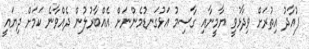
ފުއާދު އިތުރަށް ވިދާޅުވީ ޔާމީނާއި ގާސިމު އަޅުގަނޑުމެންނަށް އެއްބާރުލުން ދެއްވާނެ ކަމަށް ދިޔައީ